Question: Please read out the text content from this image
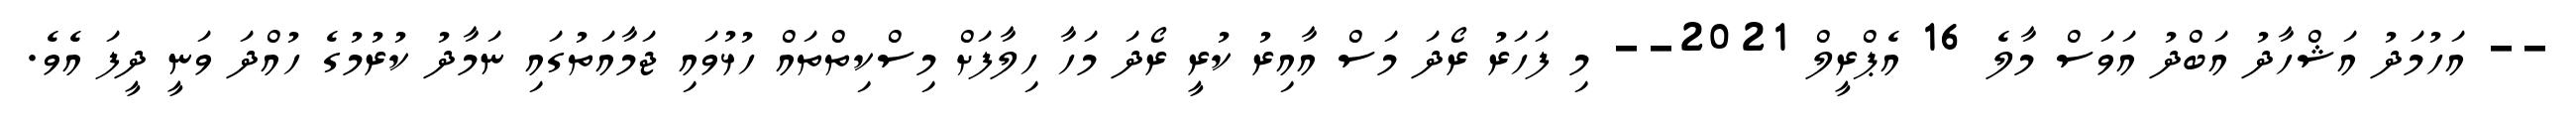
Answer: -- އަހުމަދު އަޝްހާދު އަބްދު އަވަސް މާލެ 16 އެޕްރީލް 2021-- މި ފަހަރު ރޯދަ މަސް އާއިރު ކުރީ ރޯދަ މަހާ ހިލާފަށް މިސްކިތްތައް ހުޅުވައި ޖަމާއަތުގައި ނަމާދު ކުރުމުގެ ހުއްދަ ވަނީ ދީފަ އެވެ.